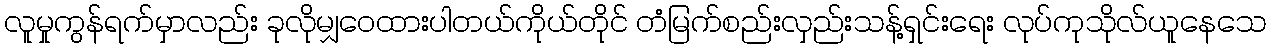
လူမှုကွန်ရက်မှာလည်း ခုလိုမျှဝေထားပါတယ်ကိုယ်တိုင် တံမြက်စည်းလှည်းသန့်ရှင်းရေး လုပ်ကုသိုလ်ယူနေသေ